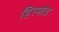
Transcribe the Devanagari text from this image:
हिरमोड